Civil Veterinary Dept. North-West Frontier Province 1933-46 - 1933-1946
Year: 1933
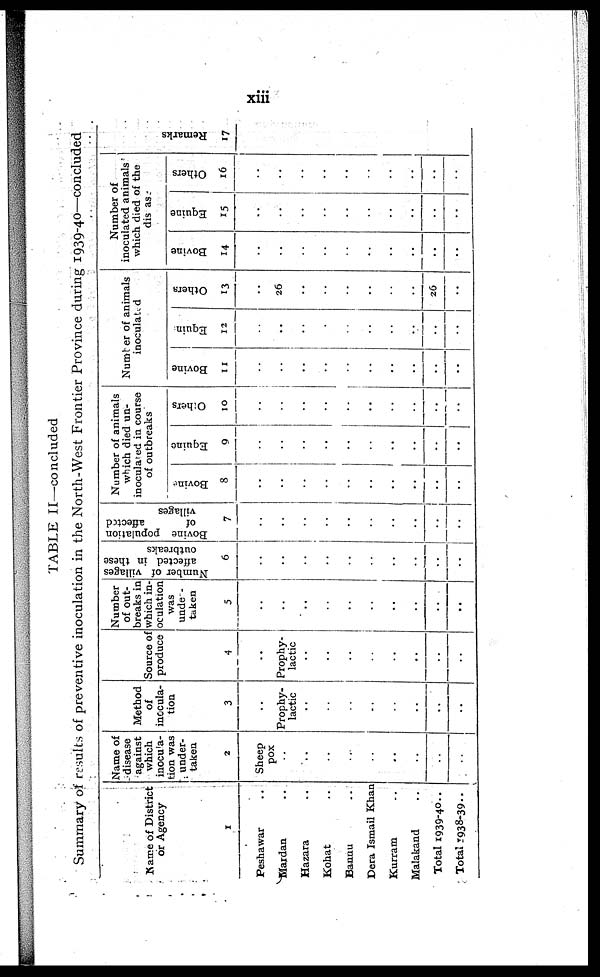
xiii
TABLE II —concluded
Summary of results of preventive inoculation in the North-West Frontier Province during 1939-40—concluded
Name of District
or Agency
1
Peshawar ..
Mardan ..
Hazara ..
Kohat ..
Bannu ..
Dera Ismail Khan
Kurram ..
Malakand ..
Total 1939-40..
Total 1938-39..
Name of
disease
against
which
inocula-
tion was
under-
taken
2
Sheep
pox
..
..
..
....
..
..
..
..
..
Method
of
inocula-
tion
3
..
Prophy-
lactic
..
..
..
..
.. ..
..
..
Source of
produce
4
..
Prophy-
lactic
..
....
..
..
..
..
..
..
Number
of out-
breaks in
which in-
oculation
was
under-
taken
5
..
..
..
..
..
..
..
....
..
..
Number of villages
affected in these
outbreaks
6
..
..
..
..
..
..
..
..
..
..
Bovine population
of
affected
villages
7
..
..
..
..
..
..
..
..
..
..
Number of animals
which died un-
inoculated in course
of outbreaks
Bovine
8
..
..
..
..
..
..
..
..
..
..
9
..
..
..
..
..
..
..
..
..
..
Others
10
..
..
..
..
..
..
..
..
..
..
Number of animals
inoculated
Bovine
11
..
..
..
..
..
..
..
..
..
..
Equin
12
..
..
..
..
..
..
..
..
..
..
Others
13
..
26
..
..
..
..
..
..
26
..
Number of
inoculated animals
which died of the
discase
Bovine
14
..
..
..
..
..
..
..
..
..
..
Equine
15
..
..
..
..
..
..
..
..
..
..
Others
16
..
..
..
..
..
..
..
..
..
..
Re ma r
ks
17